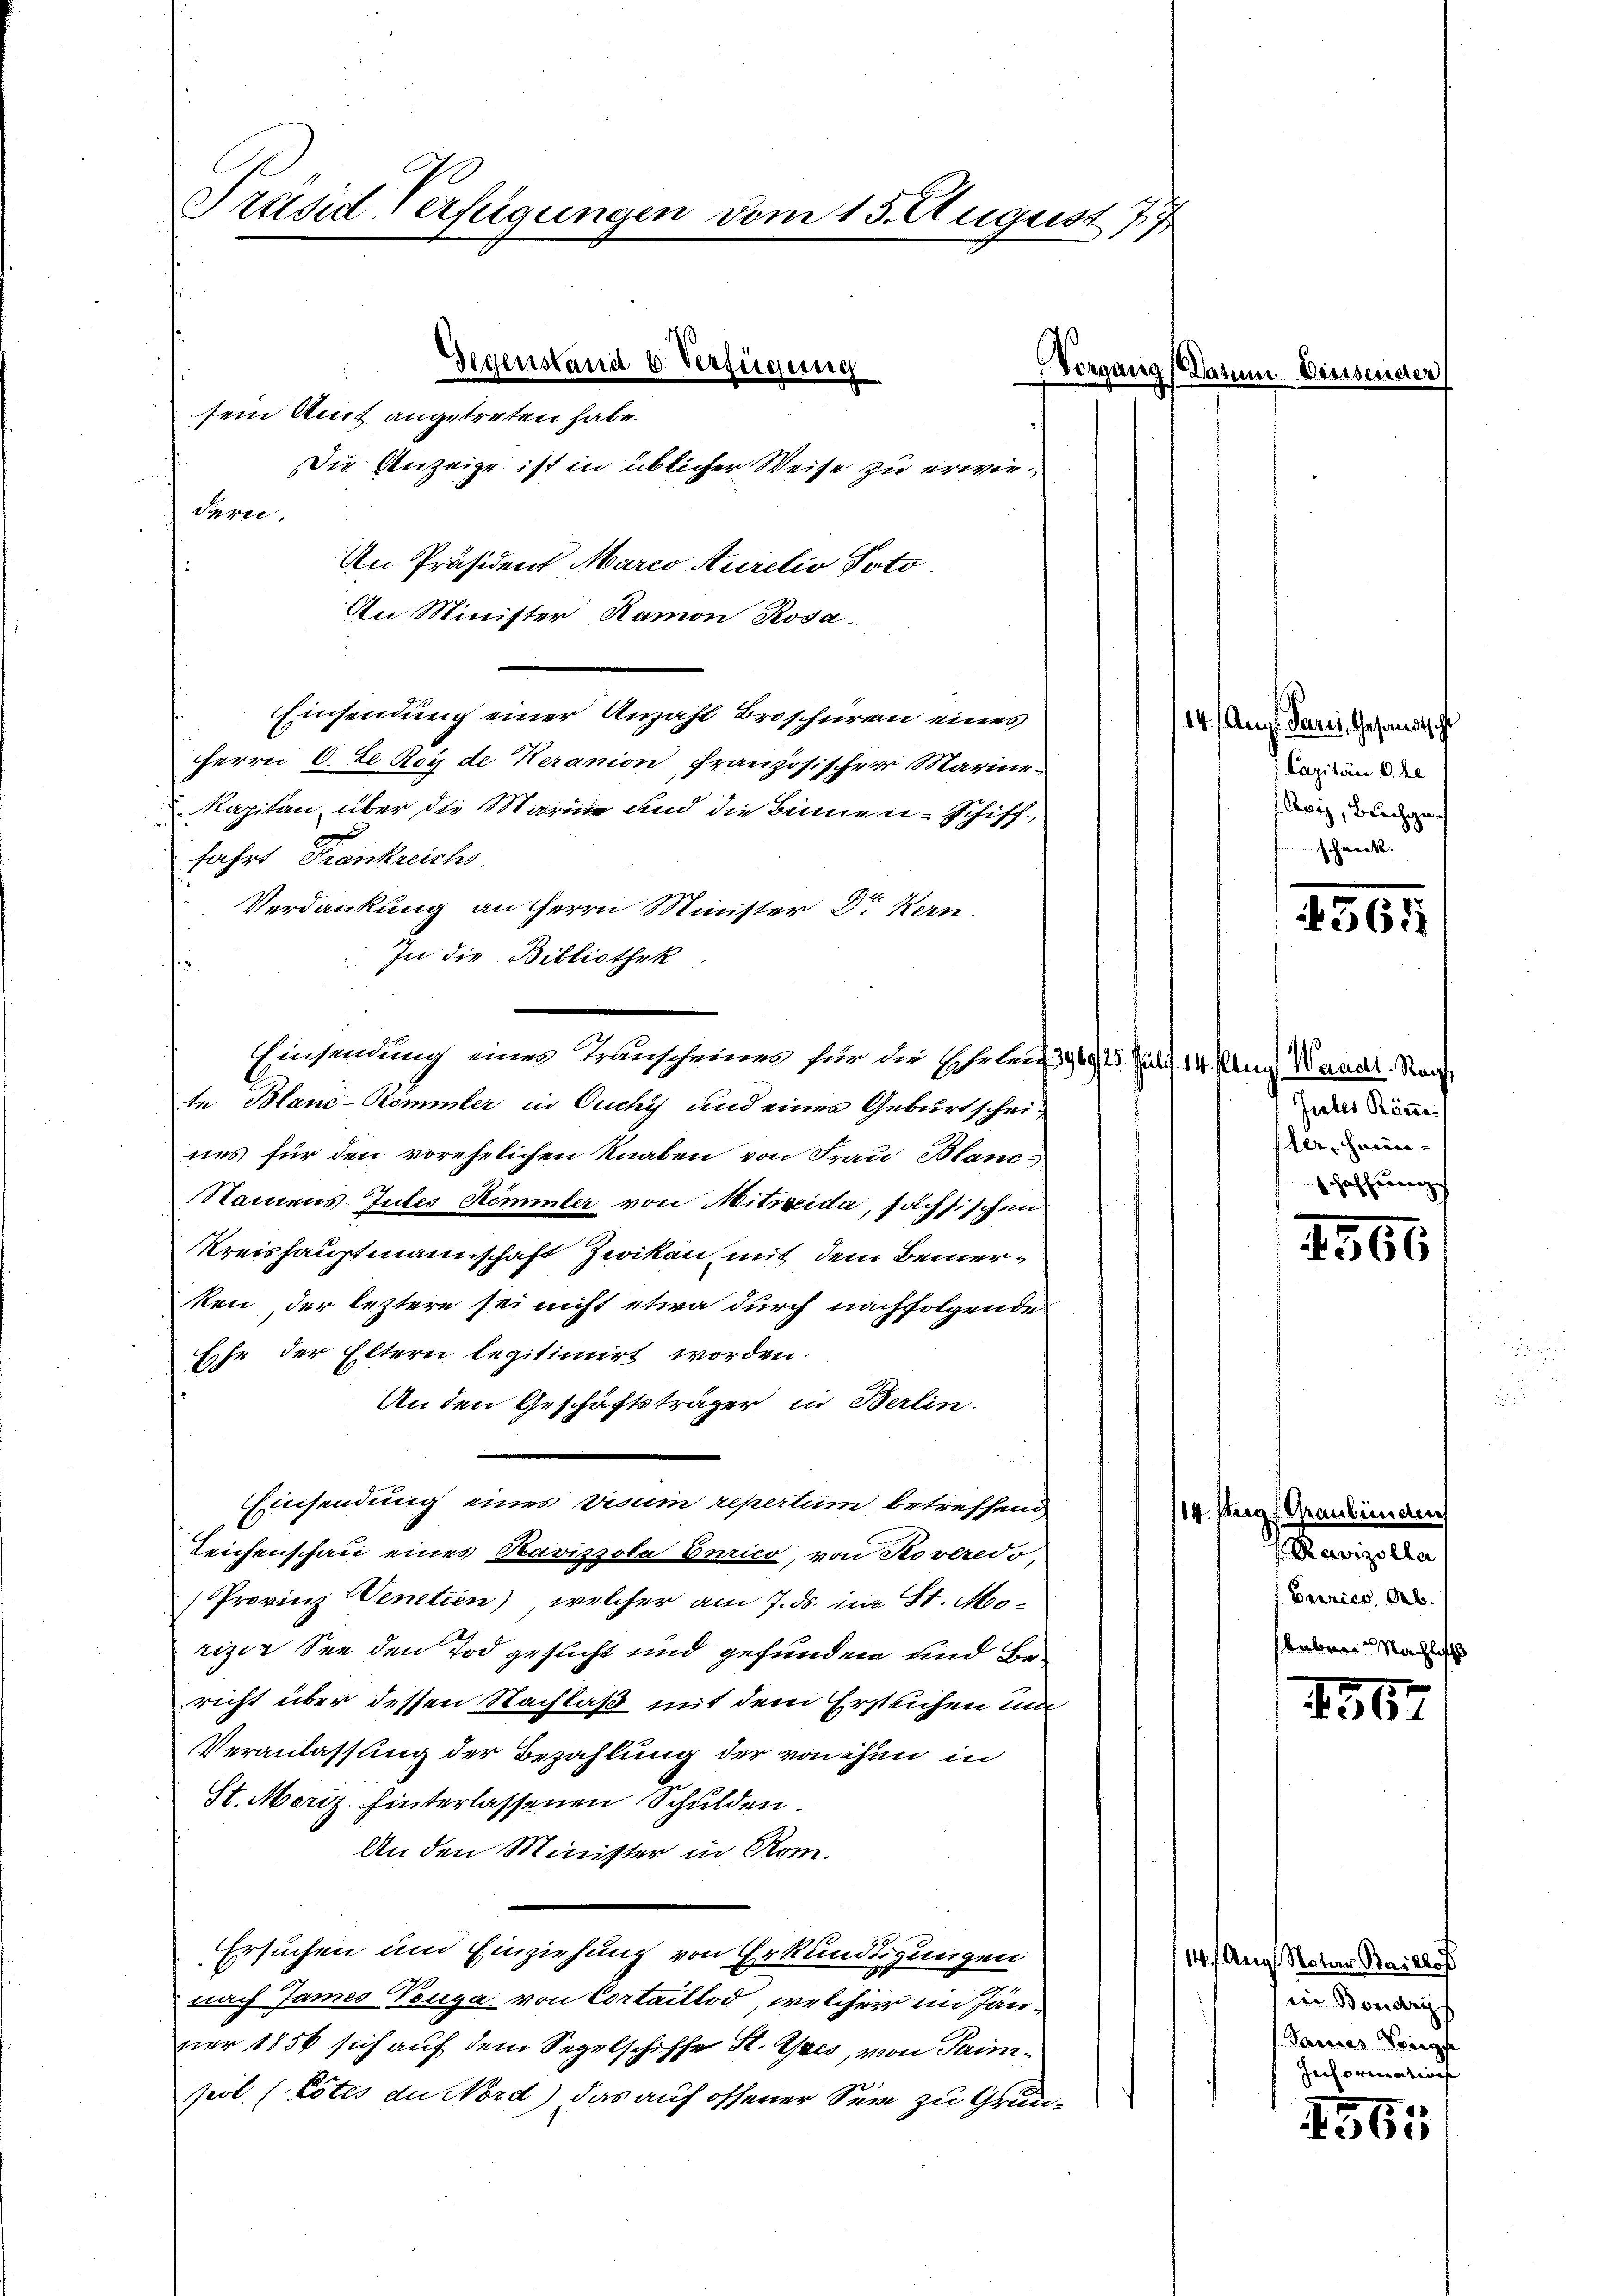
Präsid Verfügungen vom 15. August 177

sem Amt angetreten habe.
In Minister, Ramon Rosa.
Einsendung einer Anzahl Broschüren eines
Herrn C. Le Roy de Keranion französischer Marine¬
Kapitan über die Marina und die Beinen-Schifffahrt Frankreichs.
Verdankung an Herrn Minister Dr Kern.
In die Bibliothek.
Einsendung eines Transcheines für die Schulenz 299, 15. Juli 14. Aug. Waadt. Staa
te Blani-Kömmler in Ouchy und einer Geburtscheines für den vorehelichen Knaben von Frau Blanc-
Namens. Gutes Kömmter von Mitreida, sachsischen
Kreishauptmannschaft Zwikan, mit dem Bemerken der leztere sei nicht etwa durch nachfolgende
Esche der Eltern legitimirt worden.
An den Geschäftsträger in Berlin.
Einsendung eines visum repertum betreffend
Leichenschau eines Ravizzola Eurico, von Roveredo,
Provinz Venetien), welcher am 7. ds. im St. Moorizer See den Tod gesucht und gefunden und Bericht über dessen Nachlaß mit dem Erstechen und
Veranlassung der Bezahlung der von ihn in
St. Meriz hinterlassenen Schulden.
An den Minister in Rom.
Ersuchen und Einziehung von Erkundigungen
nach James Neuga von Cortaillod, welcher im Jänner 1856 sich auf dem Segelschiffe St. Ores, von Sainpol. (Lotes de Nord) das auf offener Sein zu Grun¬

dern.

Gegenstand 6. Verfügung
Vorgang
Die Anzeige ist in üblicher Weise zu erwie¬
An Präsident, Marco Arretio Poto

a

Die

14. Aug. Parei, Gesandtsche
Capitän 6. he
Roy, Buchgeschneck.

4368

Jaber Köni
ter, Harin
schaffung

1566

14 sagt Graubünden
Ravizolla
Berrico Ab.
sleben Nachlich

1567

14 f. Aug. Notar Baillof
in Boudrys
Passias Vorge
Jechornen tief

565